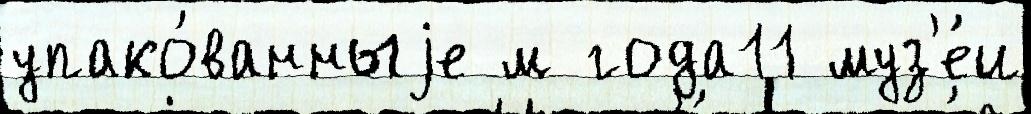
упако́ванныjе м года11 муз'е́и